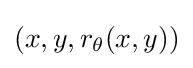
(x,y,r_{\theta }(x,y))